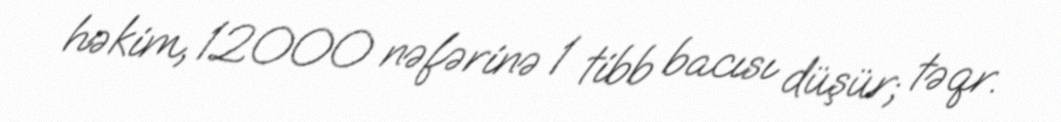
həkim, 12000 nəfərinə 1 tibb bacısı düşür; təqr.